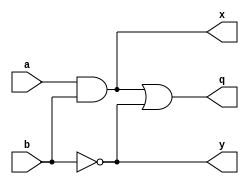
module lc1(a,b,x,y,q);
input a,b;
output x,y,q;

and(x,a,b);
not(y,b);
or(q,x,y);

endmodule